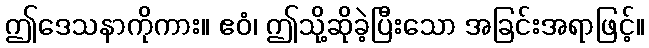
ဤဒေသနာကိုကား။ ဧဝံ၊ ဤသို့ဆိုခဲ့ပြီးသော အခြင်းအရာဖြင့်။